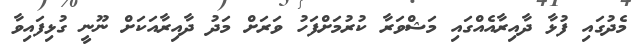
މެދުގައި ފުޅާ ދާއިރާއެއްގައި މަޝްވަރާ ކުރުމަށްފަހު ވަރަށް މަދު ދާއިރާއަކަށް ނޫނީ ގުޅިފައިވާ